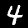
Digit: 4